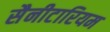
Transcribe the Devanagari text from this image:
सैनीटारियम